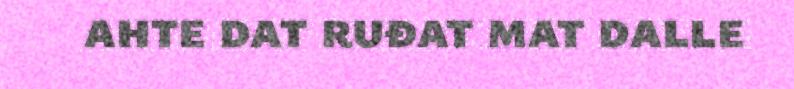
ahte dat ruđat mat dalle